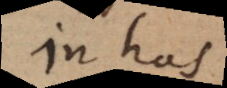
In has